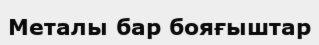
Металы бар бояғыштар